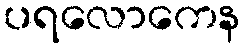
ပရလောကေန